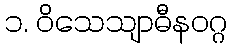
၁. ဝိသေသျာဓီနဝဂ္ဂ